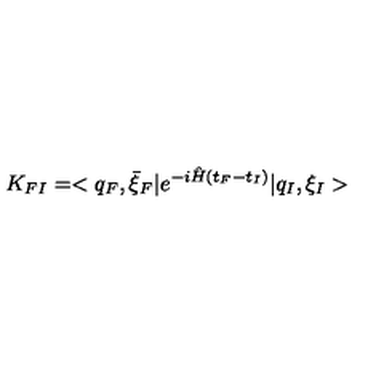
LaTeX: K _ { F I } = < q _ { F } , \bar { \xi } _ { F } \vert e ^ { - i \hat { H } ( t _ { F } - t _ { I } ) } \vert q _ { I } , \xi _ { I } >